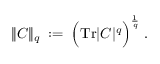
\| C \| _ { q } \; : = \; \Big ( \mathrm { T r } | C | ^ { q } \Big ) ^ { \frac { 1 } { q } } \; .